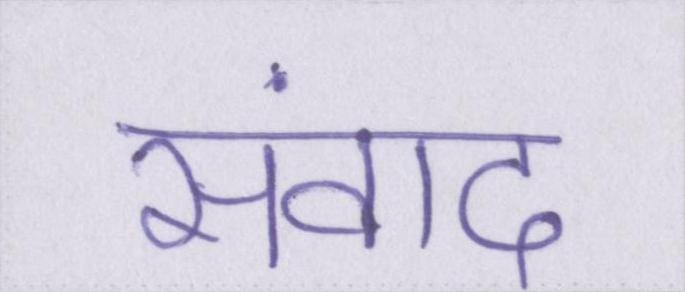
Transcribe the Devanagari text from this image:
संवाद